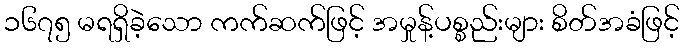
၁၆၇၅ မရရှိခဲ့သော ကက်ဆက်ဖြင့် အမှုန့်ပစ္စည်းများ စိတ်အခံဖြင့်